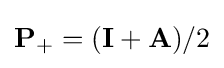
{\mathbf {P}}_{+}=({\mathbf {I}}+{\mathbf {A}})/2